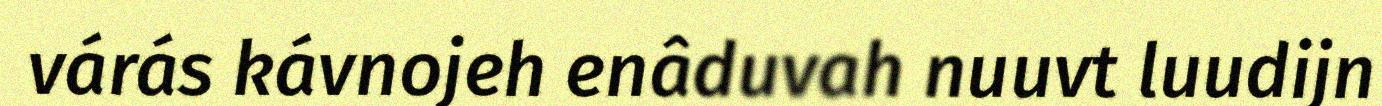
várás kávnojeh enâduvah nuuvt luudijn